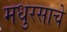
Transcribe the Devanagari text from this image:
मधुरसाचे